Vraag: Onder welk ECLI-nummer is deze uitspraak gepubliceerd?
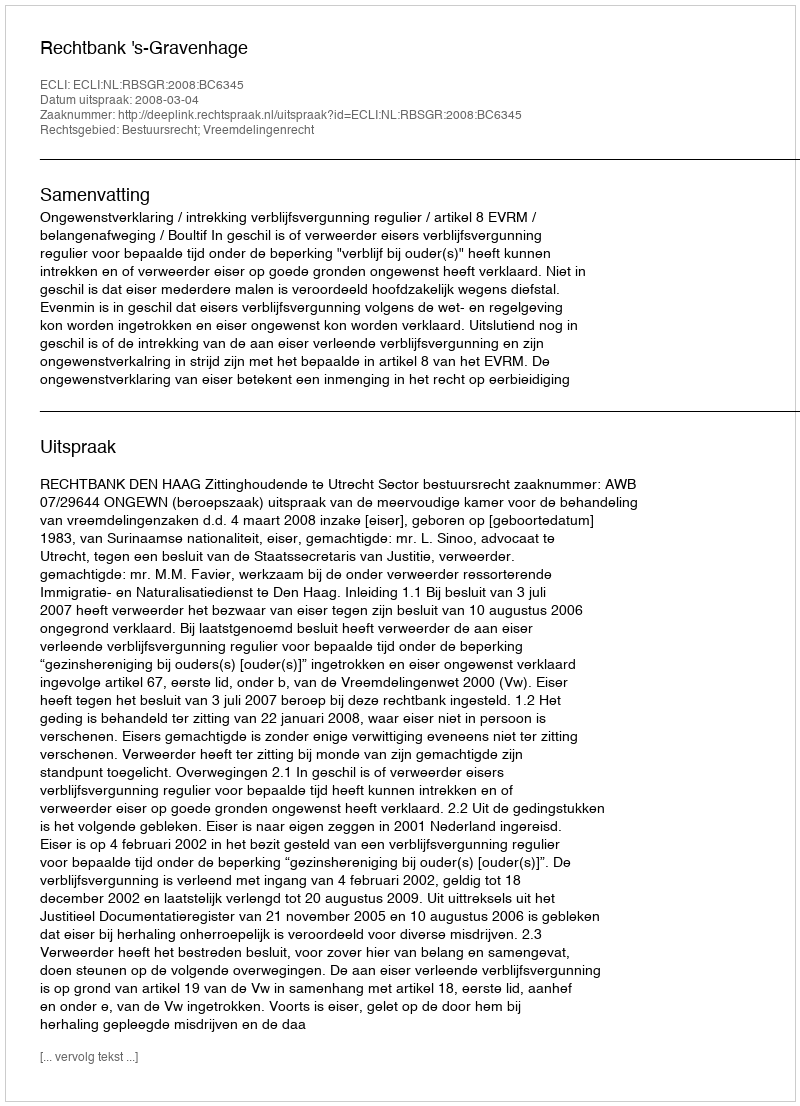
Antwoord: ECLI:NL:RBSGR:2008:BC6345